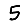
Digit: 5